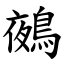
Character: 鵺